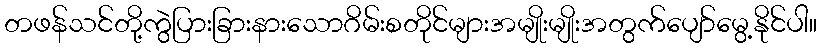
တဖန်သင်တို့ကွဲပြားခြားနားသောဂိမ်းစတိုင်များအမျိုးမျိုးအတွက်ပျော်မွေ့နိုင်ပါ။